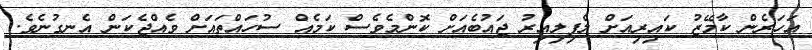
އަހަރެން ކާމޭޒު ކައިރިއަށް ލެފިލިއިރު ޖައުބެއަށް ކޮންމެވެސް ކަމެއް ސުހައްތައަށް ވެއްޖެކަން އެނގުނެވެ.